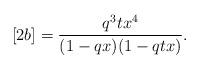
LaTeX: \begin{align*}[2b] = \frac{q^3 t x^4}{(1-qx)(1-qtx)}.\end{align*}